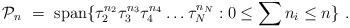
LaTeX: \begin{align*}{\cal P}_n \ =\ \mbox{span} \{ \tau _2^{n_2} \tau _3^{n_3} \tau_4^{n_4} \ldots \tau_{N}^{n_{N}} : 0 \leq \sum n_i \leq n \}\ .\end{align*}